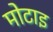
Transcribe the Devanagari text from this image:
मोटाइ